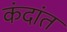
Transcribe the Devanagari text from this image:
कंदांत